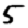
Digit: 5